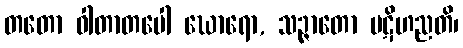
တတော ဝါတာတပေါ ဃောရော, သဉ္ဇာတော ပဋိဟညတိ၊